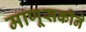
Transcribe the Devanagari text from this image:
माणूसकीने